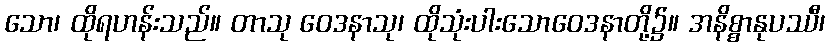
သော၊ ထိုရဟန်းသည်။ တာသု ဝေဒနာသု၊ ထိုသုံးပါးသောဝေဒနာတို့၌။ အနိစ္စာနုပဿီ၊